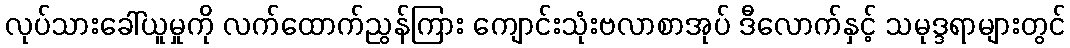
လုပ်သားခေါ်ယူမှုကို လက်ထောက်ညွန်ကြား ကျောင်းသုံးဗလာစာအုပ် ဒီလောက်နှင့် သမုဒ္ဒရာများတွင်